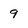
Character: 9